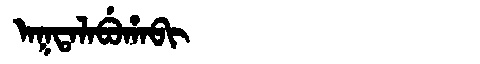
Manchu: ᠠᡴᡨᠠᠯᠠᠪᡠᡥᠠᠪᡳ
Romanization: AKTALABUHABI